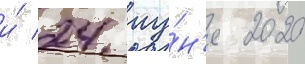
и́ 24 иу́н'я 2020